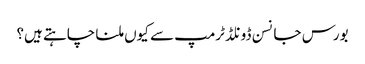
بورس جانسن ڈونلڈ ٹرمپ سے کیوں ملنا چاہتے ہیں؟